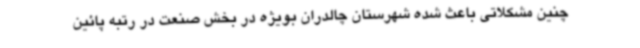
چنین مشکلاتی باعث شده شهرستان چالدران بویژه در بخش صنعت در رتبه پائین